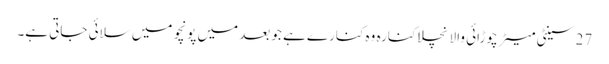
27 سینٹی میٹر چوڑائی والا نچلا کنارہ وہ کنارے ہے جو بعد میں پونچو میں سلائی جاتی ہے۔